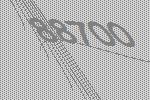
88700